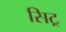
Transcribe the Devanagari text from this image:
सिट्र